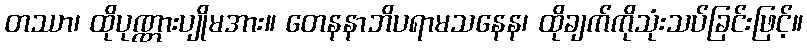
တဿာ၊ ထိုပုဏ္ဏားပျိုမအား။ တေနနာဘိပရာမသနေန၊ ထိုချက်ကိုသုံးသပ်ခြင်းဖြင့်။